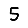
Digit: 5